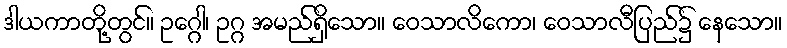
ဒါယကာတို့တွင်။ ဥဂ္ဂေါ၊ ဥဂ္ဂ အမည်ရှိသော။ ဝေသာလိကော၊ ဝေသာလီပြည်၌ နေသော။